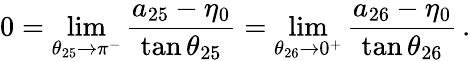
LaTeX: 0=\operatorname*{lim}_{\theta_{25}\to\pi^{-}}\frac{a_{25}-\eta_{0}}{\tan{\theta_{25}}}=\operatorname*{lim}_{\theta_{26}\to 0^{+}}\frac{a_{26}-\eta_{0}}{\tan{\theta_{26}}}\, .